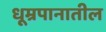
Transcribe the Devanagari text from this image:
धूम्रपानातील